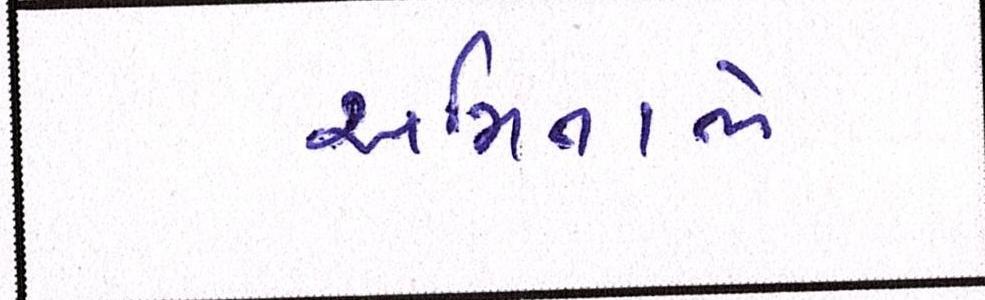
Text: અમિતાભે